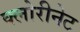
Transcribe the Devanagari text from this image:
क्लोरीनेट